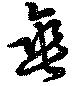
垂